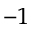
^ { - 1 }